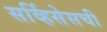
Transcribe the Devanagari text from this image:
सर्व्हिसेसची